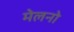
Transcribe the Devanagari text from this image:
मेलनो